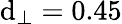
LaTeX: \mathrm{d}_{\perp}=0.45